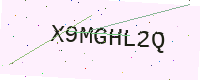
Text: X9MGHL2Q